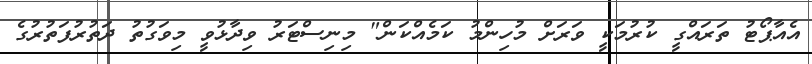
އެއާޕޯޓު ތަރައްގީ ކުރުމަކީ ވަރަށް މުހިންމު ކަމެއްކަން" މިނިސްޓަރު ވިދާޅުވީ މިވަގުތު ދަތުރުފަތުރުގެ